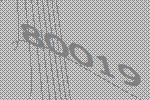
80019